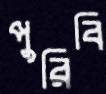
পুরিবি